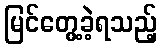
မြင်တွေ့ခဲ့ရသည့်